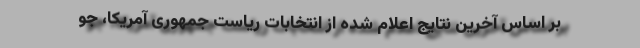
بر اساس آخرین نتایج اعلام شده از انتخابات ریاست جمهوری آمریکا، جو